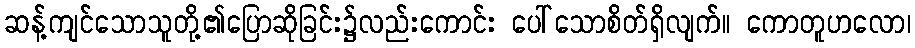
ဆန့်ကျင်သောသူတို့၏ပြောဆိုခြင်း၌လည်းကောင်း ပေါ်သောစိတ်ရှိလျက်။ ကောတူဟလော၊